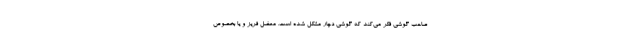
صاحب گوشی فکر می‌کند که گوشی دچار مشکل شده است. معضل فریز و یا بخصوص